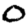
Digit: 0